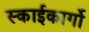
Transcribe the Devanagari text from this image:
स्काईकार्गो